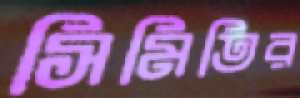
সিমিতির